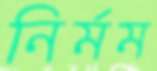
নির্মম